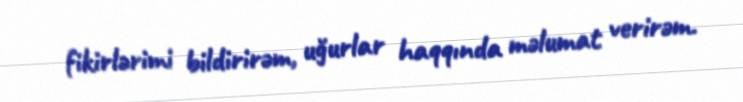
fikirlərimi bildirirəm, uğurlar haqqında məlumat verirəm.